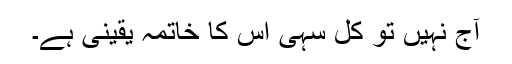
آج نہیں تو کل سہی اس کا خاتمہ یقینی ہے۔